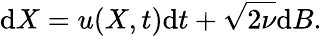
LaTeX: \textrm{d}X=u(X,t)\textrm{d}t+\sqrt{2\nu}\textrm{d}B.